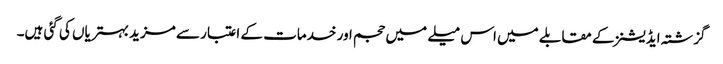
گزشتہ ایڈیشنز کے مقابلے میں اس میلے میں حجم اور خدمات کے اعتبار سے مزید بہتریاں کی گئی ہیں۔